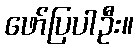
ဖော်ပြပါဦး။